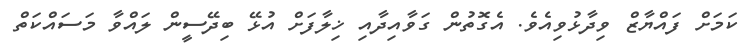
ކަމަށް ފައްޔާޒް ވިދާޅުވިއެވެ. އެގޮތުން ގަވާއިދާއި ޚިލާފަށް އުޅޭ ބިދޭސީން ލައްވާ މަސައްކަތް